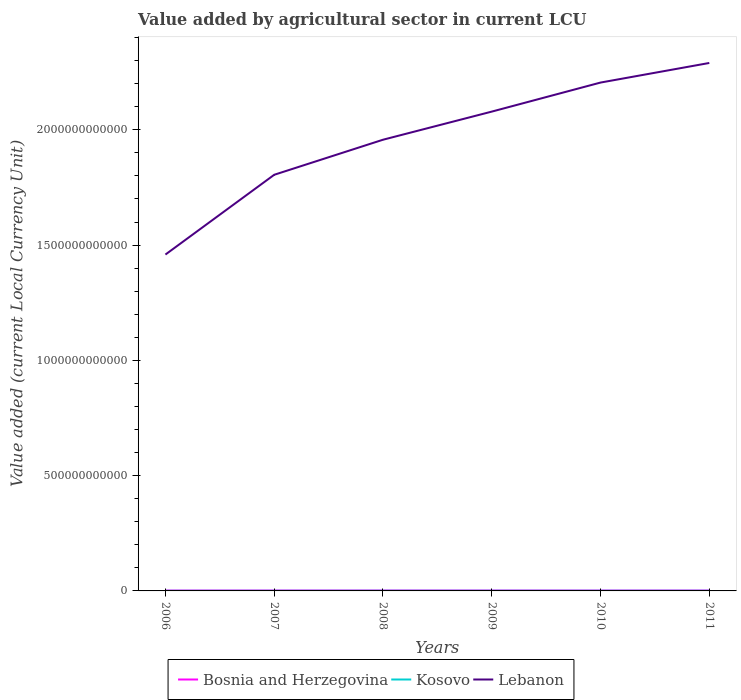
| Years | Bosnia and Herzegovina | Kosovo | Lebanon |
 | --- | --- | --- | --- |
 | 2006 | 1.61e+09 | 3.72e+08 | 1.46e+12 |
 | 2007 | 1.73e+09 | 4.79e+08 | 1.80e+12 |
 | 2008 | 1.83e+09 | 5.74e+08 | 1.96e+12 |
 | 2009 | 1.75e+09 | 5.75e+08 | 2.08e+12 |
 | 2010 | 1.72e+09 | 5.99e+08 | 2.20e+12 |
 | 2011 | 1.77e+09 | 6.14e+08 | 2.29e+12 |